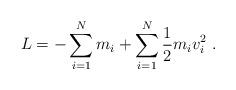
LaTeX: \begin{align*}{L=-\sum_{i=1}^N m_i + \sum_{i=1}^N {1\over 2}m_i v_i^2\ .}\end{align*}